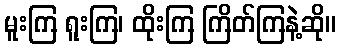
မူးကြ ရူးကြ၊ ထိုးကြ ကြိတ်ကြနဲ့ဆို။